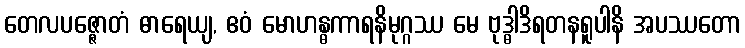
တေလပဇ္ဇောတံ ဓာရေယျ, ဧဝံ မောဟန္ဓကာရနိမုဂ္ဂဿ မေ ဗုဒ္ဓါဒိရတနရူပါနိ အပဿတော